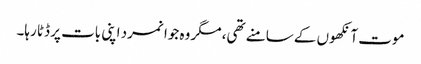
موت آنکھوں کے سامنے تھی، مگر وہ جوانمرد اپنی بات پر ڈٹا رہا۔